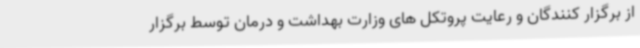
از برگزار کنندگان و رعایت پروتکل های وزارت بهداشت و درمان توسط برگزار